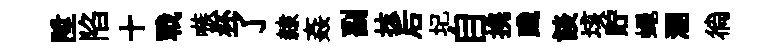
陞陷十戰嗾杯了隸姦副抹后圮自携踐談垓貯蠅溷徜